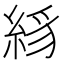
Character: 絼